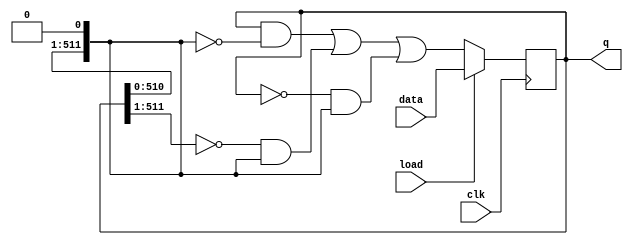
module top_module(
    input clk,
    input load,
    input [511:0] data,
    output [511:0] q ); 
    
    reg [511:0] sreg;
    assign q = sreg;
    
    wire [511:0] A, C;
    assign A = {1'b0, sreg[511:1]};
    assign C = {sreg[510:0], 1'b0};

    always @(posedge clk) begin
        if (load)
            sreg <= data;
        else begin
            // use Karnaugh map to simplify it
            // assume A=left, B=center, C=right
            // we have Q = B!C + !AC + !BC
            // then we can construct A, B, C to do logic operation
            sreg <= (sreg & ~C) | (~A & C) | (~sreg & C);
        end
    end

endmodule